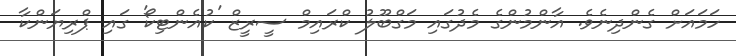
ހަމައަށް ގެންދިނެވެ. އާންމުންގެ މެދުގައި މަގްބޫލު ކްރައިމް ސީރީޒް 'ކުއެންޓިކޯ' ގައި ޕްރިޔަންކާ